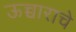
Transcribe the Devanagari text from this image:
ऊच्चाराचे